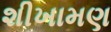
શીખામણ